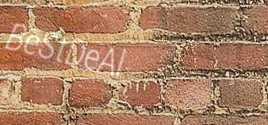
BeStDeAl